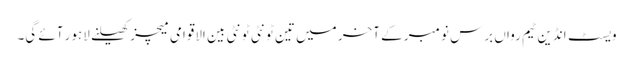
ویسٹ انڈین ٹیم رواں برس نومبر کے آخر میں تین ٹونٹی ٹونٹی بین الاقوامی میچز کھیلنے لاہور آئے گی۔